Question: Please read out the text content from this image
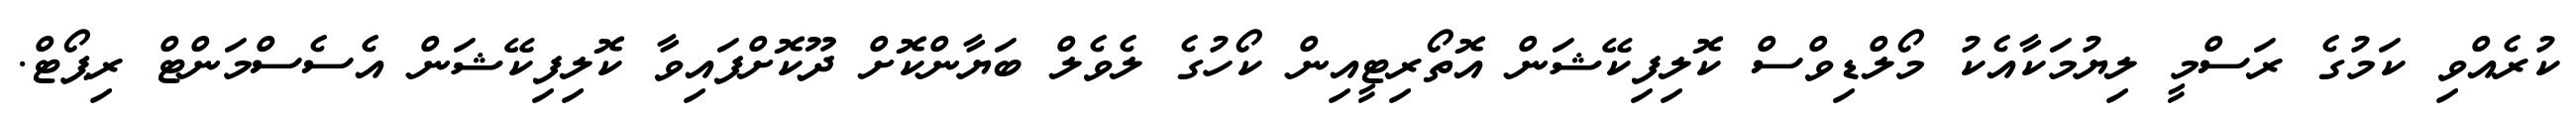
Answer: ކުރެއްވި ކަމުގެ ރަސްމީ ލިޔުމަކާއެކު މޯލްޑިވްސް ކޮލިފިކޭޝަން އޮތޯރިޓީއިން ކޯހުގެ ލެވެލް ބަޔާންކޮށް ދޫކޮށްފައިވާ ކޮލިފިކޭޝަން އެސެސްމަންޓް ރިޕޯޓް.